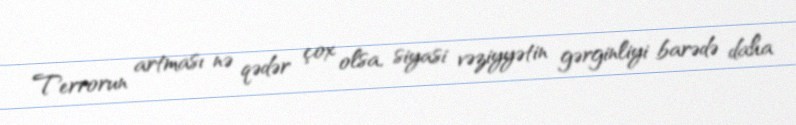
Terrorun artması nə qədər çox olsa, siyasi vəziyyətin gərginliyi barədə daha